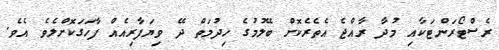
ރެސްޓޯރަންޓަކާއި މުދާ ރާއްޖެ އެތެރެކޮށް ބޭލުމުގެ ހިދުމަތް ދޭ ވިޔަފާރިއެއް ފާހަގަކޮށްލެވެ އެވެ.